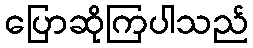
ပြောဆိုကြပါသည်